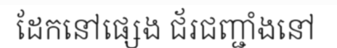
ដែកនៅផ្សេង ជ័រជញ្ជាំងនៅ